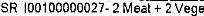
SR I00100000027- 2 MEAT + 2 VEGE